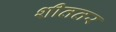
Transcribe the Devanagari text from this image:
शीततर